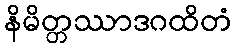
နိမိတ္တဿာဒဂထိတံ